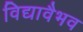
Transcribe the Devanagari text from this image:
विद्यावैभव